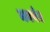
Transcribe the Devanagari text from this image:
मनगेर